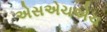
એસએચએચ